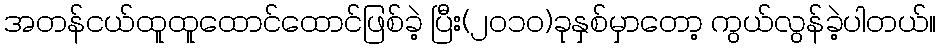
အတန်ငယ်ထူထူထောင်ထောင်ဖြစ်ခဲ့ ပြီး(၂၀၁၀)ခုနှစ်မှာတော့ ကွယ်လွန်ခဲ့ပါတယ်။